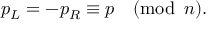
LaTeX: p _ { L } = - p _ { R } \equiv p \quad ( \mathrm { m o d } \, \, \, n ) .